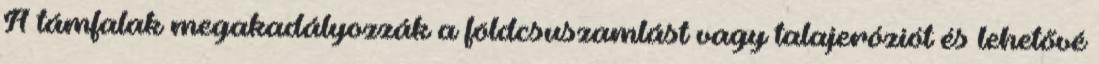
A támfalak megakadályozzák a földcsuszamlást vagy talajeróziót és lehetővé